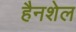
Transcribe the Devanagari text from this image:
हैनशेल